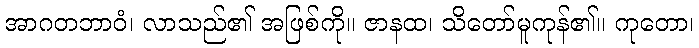
အာဂတဘာဝံ၊ လာသည်၏ အဖြစ်ကို။ ဇာနထ၊ သိတော်မူကုန်၏။ ကုတော၊